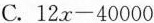
C.$$12x-40000$$